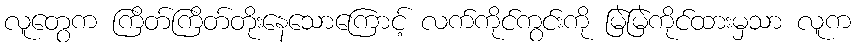
လူတွေက ကြိတ်ကြိတ်တိုးနေသောကြောင့် လက်ကိုင်ကွင်းကို မြဲမြဲကိုင်ထားမှသာ လူက